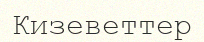
Кизеветтер